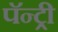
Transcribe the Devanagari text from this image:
पॅन्ट्री